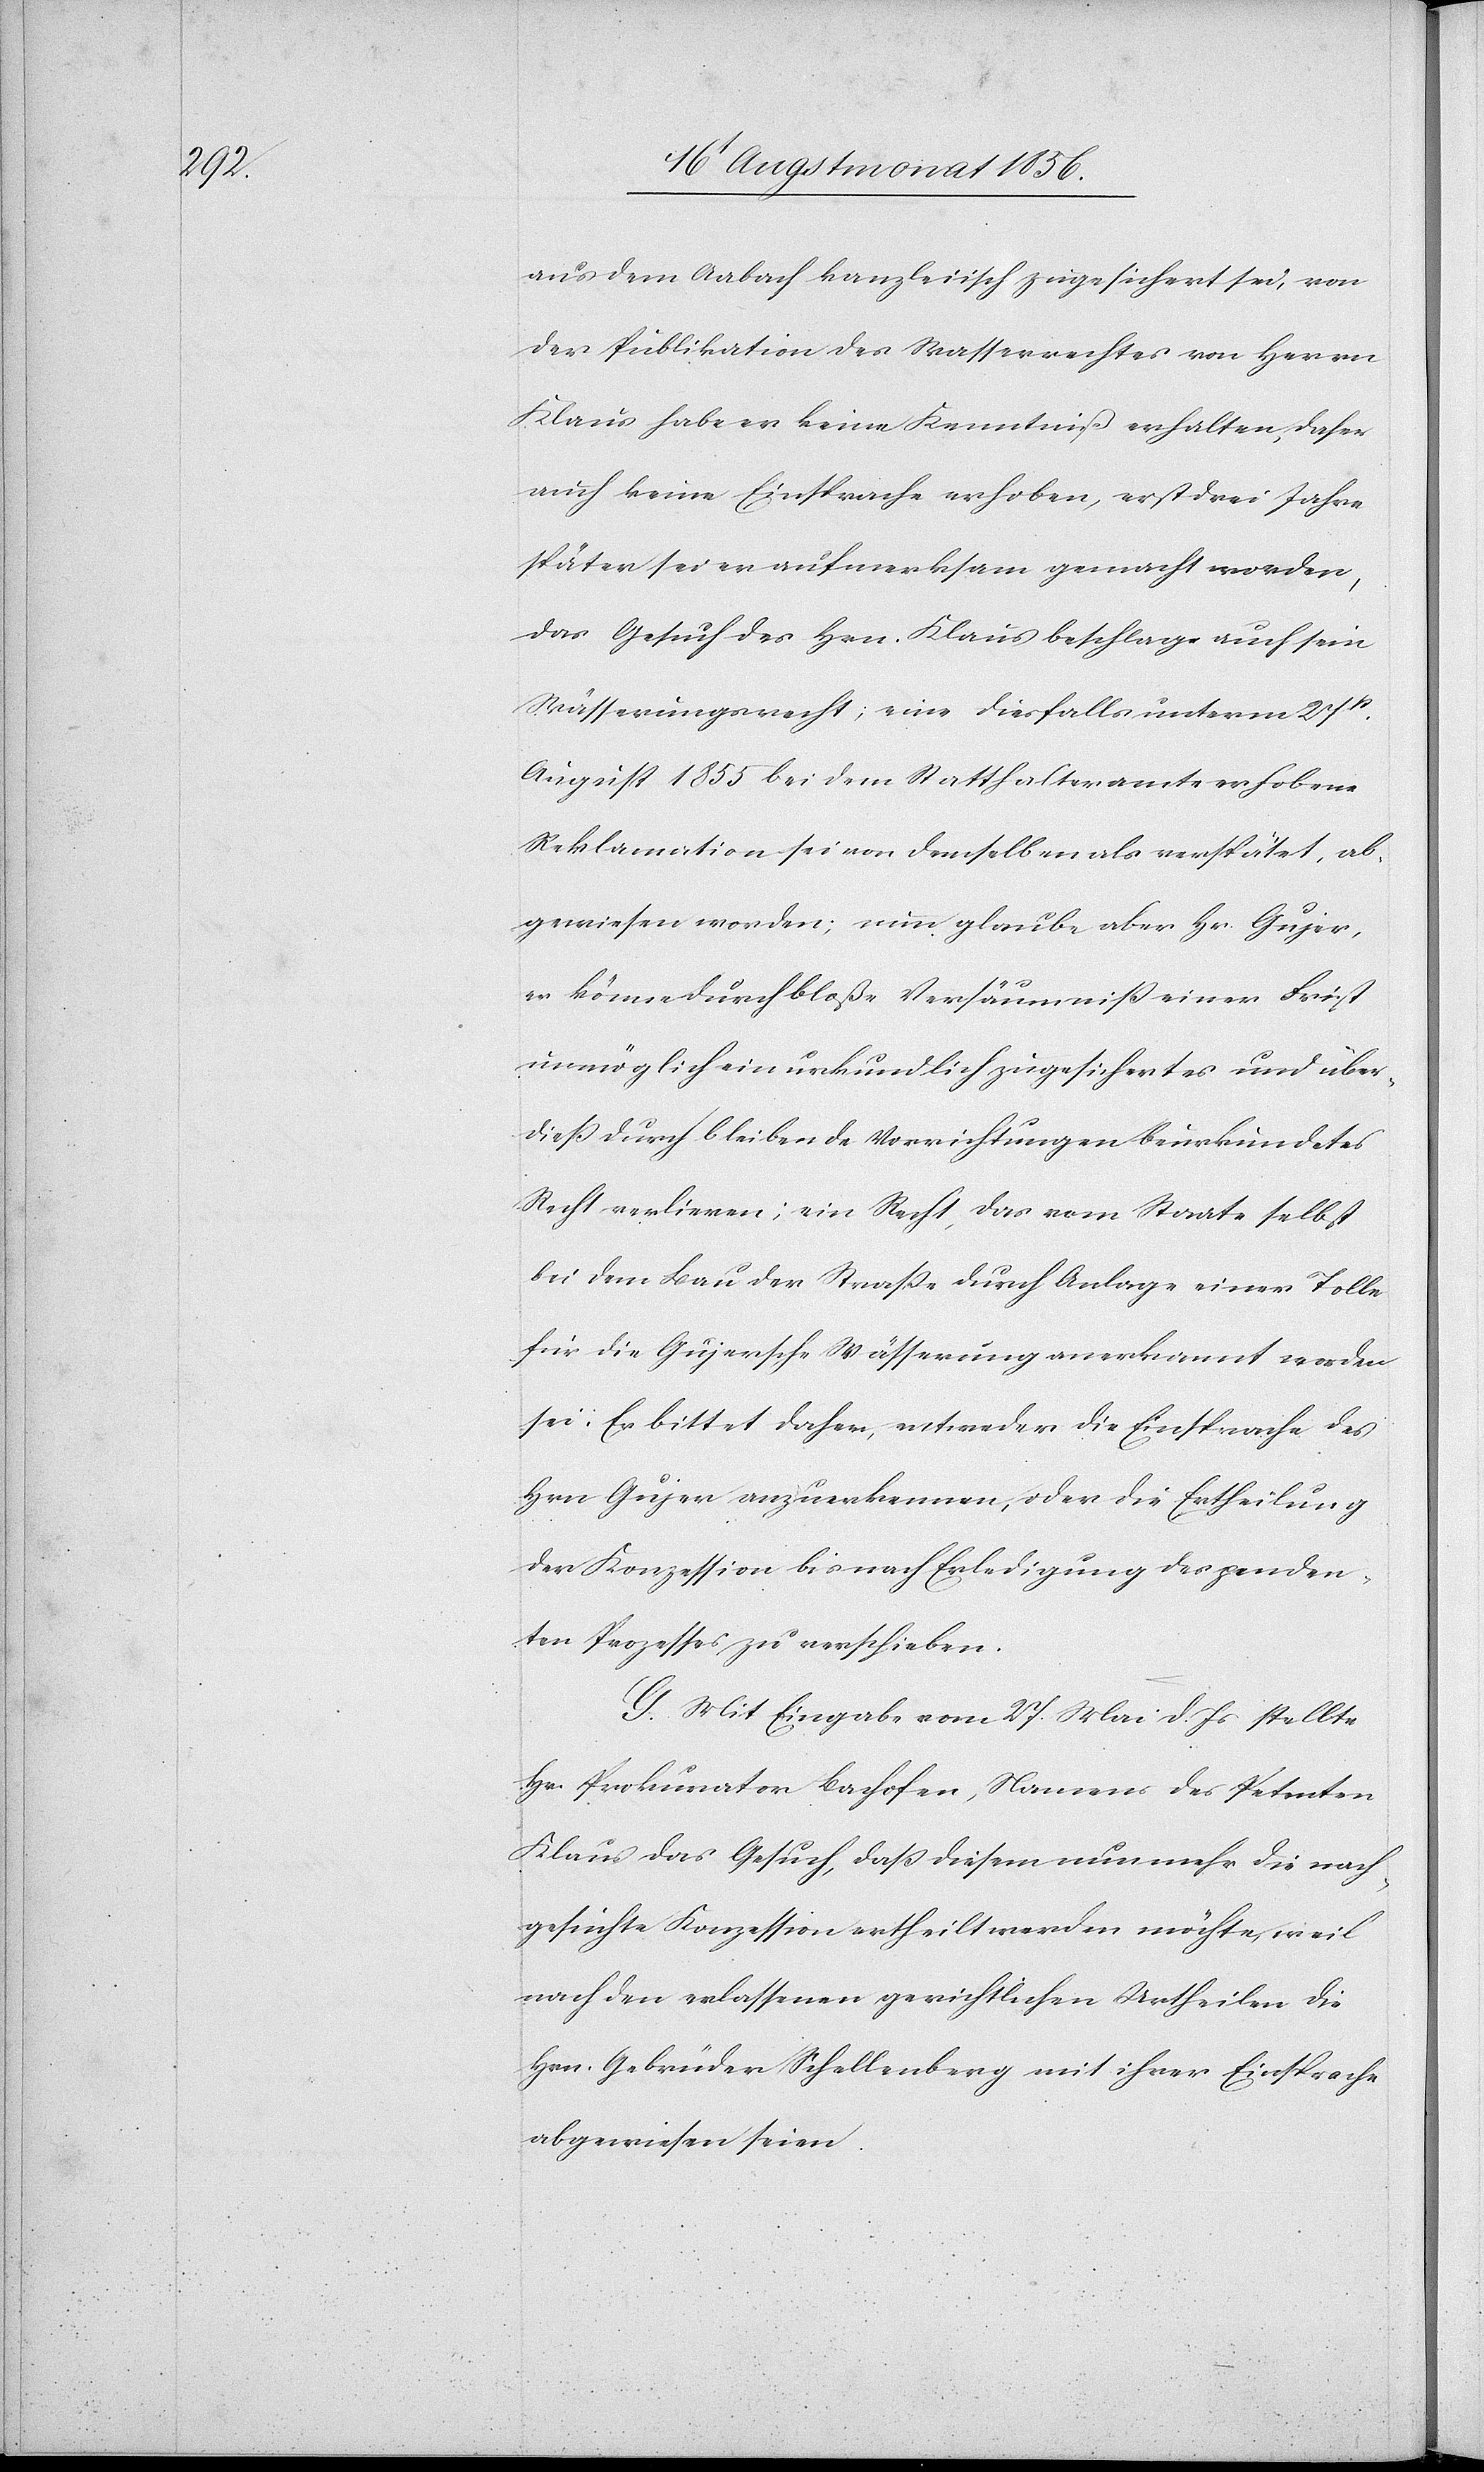
aus dem Aabach kanzleiisch zugesichert sei, von
der Publikation des Wasserrechtes von Herrn
Klaus habe er keine Kenntniß erhalten, daher
auch keine Einsprache erhoben, erst drei Jahre
später sei er aufmerksam gemacht worden,
das Gesuch des Hrn. Klaus beschlage auch sein
Müllerungsrecht; eine diesfalls unterm 27st
August 1855 bei dem Statthalteramte erhobene
Reklamation sei von demselben als verspätet, ab¬
gewiesen worden; nun glaube aber Hr. Gujer,
er könne durch bloße Versäumniß einer Frist
unmöglich ein urkundlich zugesichertes und über¬
diess durch bleibende Vorrichtungen beurkundetes
Recht verlieren; ein Recht, das vom Staate selbst
bei dem Bau der Strasse durch Anlage einer Tolle
für die Gujersche Wässerung anerkannt worden
sei. Er bittet daher, entweder die Einsprache des
Hrn Gujer anzuerkennen, oder die Ertheilung
der Konzession bis nach Erledigung des penden¬
ten Prozesses verschieben.
G. Mit Eingabe vom 27. Mai d. Js stellte
Hr. Prokurator Bachofen, Namens des Petenten
Klaus das Gesuch, dass diesem nunmehr die nach¬
gesuchte Konzession ertheilt werden möchte, weil
nach den erlassenen gerichtlichen Urtheilen die
Hrn. Gebürder Schellenberg mit ihrer Einsprache
abgewiesen seien.